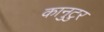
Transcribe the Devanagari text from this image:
कानुटुर